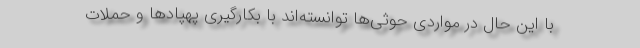
با این حال در مواردی حوثی‌ها توانسته‌اند با بکارگیری پهپادها و حملات